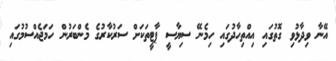
އޭނާ ވިދާޅުވި ގޮތުގައި އިއްތިހާދުގައި ހިމެނޭ ސިޔާސީ ޕާޓީތަކަށް ސަރުކާރުގެ މެންބަރުން ހަމަޖެއްސުމުގައި